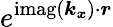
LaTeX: e^{\operatorname{imag}\left(\boldsymbol{k_{x}}\right)\cdot\boldsymbol{r}}